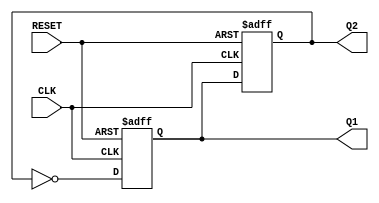
module dual_stage_johnson_counter (
    input wire CLK,       // Clock input
    input wire RESET,     // Reset input
    output reg Q1,        // Output of flip-flop 1
    output reg Q2         // Output of flip-flop 2
);

    // Sequential logic for the Johnson counter
    always @(posedge CLK or posedge RESET) begin
        if (RESET) begin
            // Initialize both flip-flops to 0 on reset
            Q1 <= 1'b0;
            Q2 <= 1'b0;
        end else begin
            // Update the states based on the Johnson counter logic
            Q1 <= ~Q2;      // D1 = ~Q2
            Q2 <= Q1;       // D2 = Q1
        end
    end

endmodule